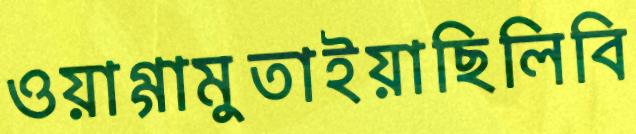
ওয়াগ্গামুতাইয়াছিলিবি